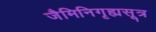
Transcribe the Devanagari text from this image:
जैमिनिगृह्यसूत्र